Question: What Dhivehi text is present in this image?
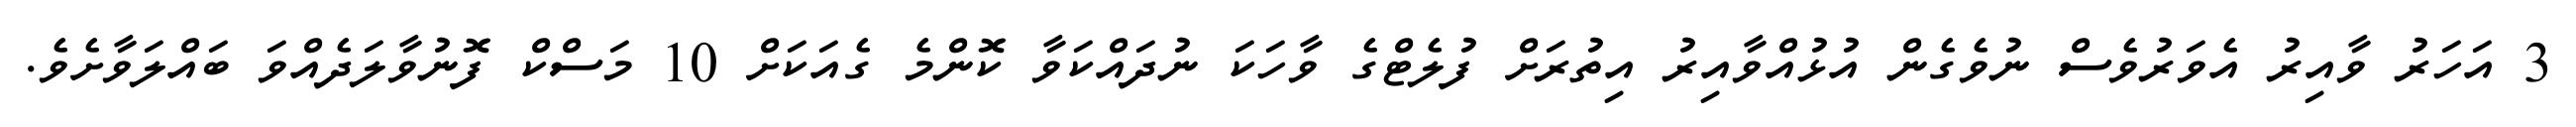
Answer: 3 އަހަރު ވާއިރު އެވަރުވެސް ނުވެގެން އުޅުއްވާއިރު އިތުރަށް ފުލެޓްގެ ވާހަކަ ނުދައްކަވާ ކޮންމެ ގެއަކަށް 10 މަސްކް ފޮނުވާލަދެއްވަ ބައްލަވާށެވެ.